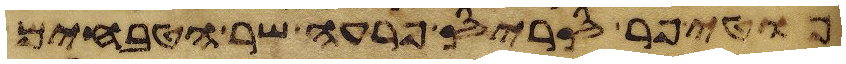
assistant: פוטיפר סריס פרעה שר הטבחים